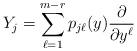
LaTeX: \begin{align*} Y_{j} = \sum_{\ell = 1}^{m-r} p_{j {\ell}}(y) \frac{\partial}{\partial y^{\ell}}\end{align*}